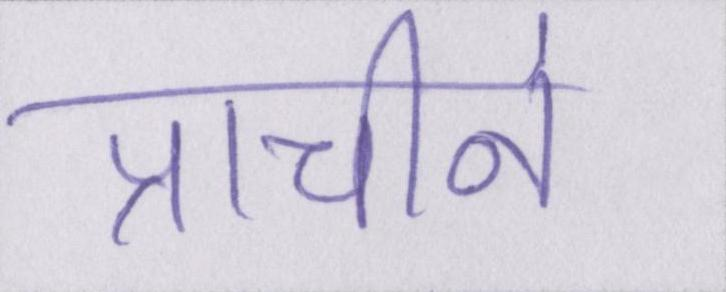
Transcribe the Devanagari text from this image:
प्राचीनं